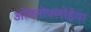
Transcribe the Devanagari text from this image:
ऑकरोफ्लोईया